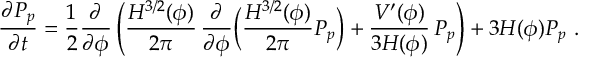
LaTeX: \frac { \partial P _ { p } } { \partial t } = \frac { 1 } { 2 } \frac { \partial } { \partial \phi } \left( \frac { H ^ { 3 / 2 } ( \phi ) } { 2 \pi } \, \frac { \partial } { \partial \phi } \Bigl ( \frac { H ^ { 3 / 2 } ( \phi ) } { 2 \pi } P _ { p } \Bigr ) + \frac { V ^ { \prime } ( \phi ) } { 3 H ( \phi ) } \, P _ { p } \right) + 3 H ( \phi ) P _ { p } \ .